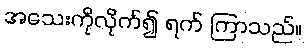
အသေးကိုလိုက်၍ ရက် ကြာသည်။